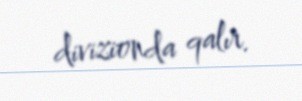
divizionda qalır.